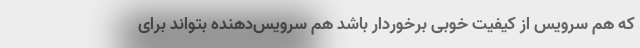
که هم سرویس از کیفیت خوبی برخوردار باشد هم سرویس‌دهنده بتواند برای